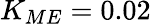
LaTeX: K_{ME}=0.02